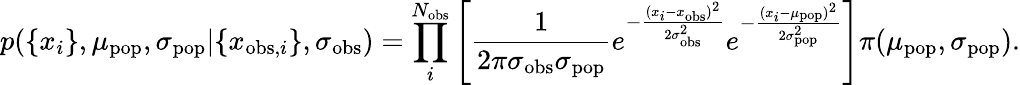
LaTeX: p(\{ x_{i}\} ,\mu_{\mathrm{pop}},\sigma_{\mathrm{pop}}|\{ x_{\mathrm{obs},i}\} ,\sigma_{\mathrm{obs}})=\prod_{i}^{N_{\mathrm{obs}}}\left[\frac{1}{2\pi\sigma_{\mathrm{obs}}\sigma_{\mathrm{pop}}}e^{-\frac{(x_{i}-x_{\mathrm{obs}})^{2}}{2\sigma_{\mathrm{obs}}^{2}}}e^{-\frac{(x_{i}-\mu_{\mathrm{pop}})^{2}}{2\sigma_{\mathrm{pop}}^{2}}}\right]\pi(\mu_{\mathrm{pop}},\sigma_{\mathrm{pop}}).